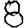
Digit: 8